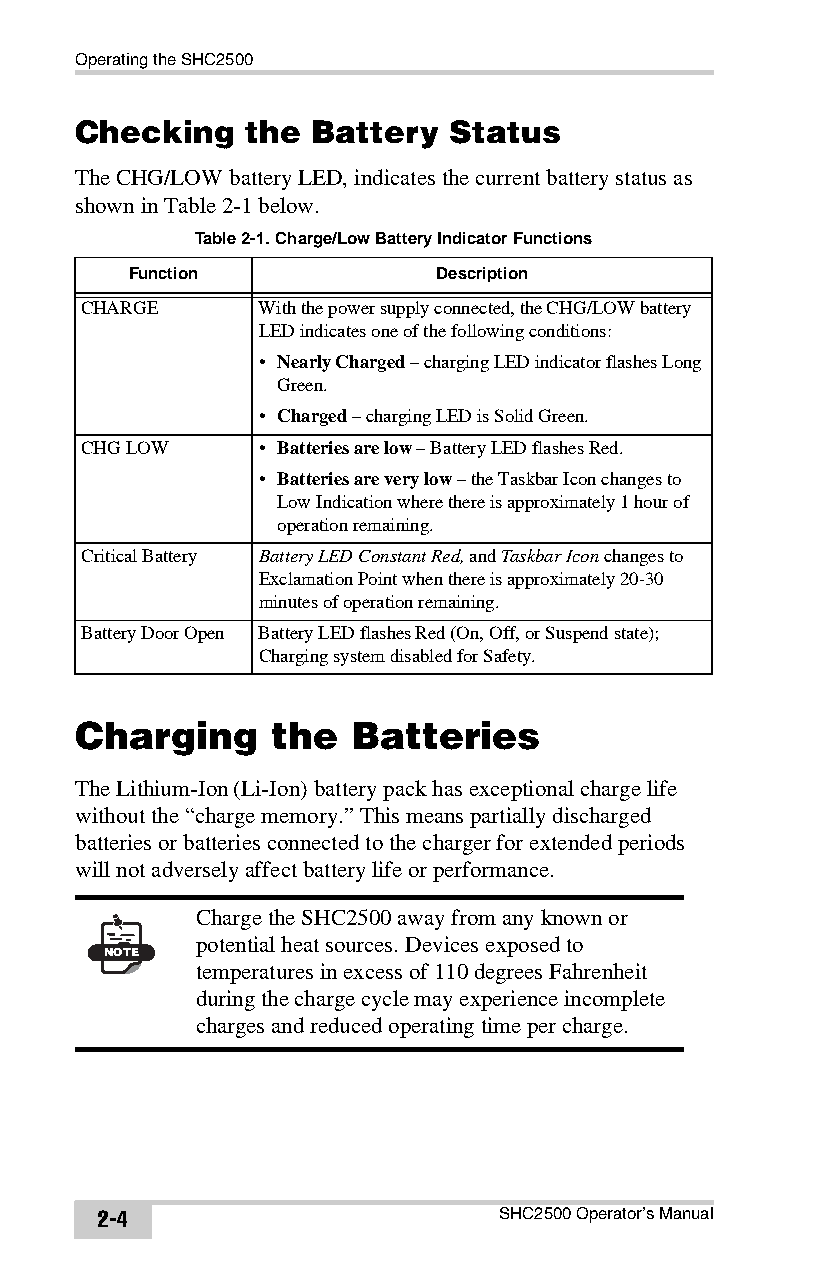
Operating the SHC2500
 Checking   the  Battery  Status
 The CHG/LOW battery LED, indicates the current battery status as
 shown in Table2-1 below.
 Table 2-1. Charge/Low Battery Indicator Functions
 Function             Description
 CHARGE      With the power supply connected, the CHG/LOW battery
 LED indicates one of the following conditions:
 • Nearly Charged – charging LED indicator flashes Long
 Green.
 • Charged – charging LED is Solid Green.
 CHG LOW     • Batteries are low – Battery LED flashes Red.
 • Batteries are very low – the Taskbar Icon changes to
 Low Indication where there is approximately 1 hour of
 operation remaining.
 Critical Battery Battery LED Constant Red, and Taskbar Icon changes to
 Exclamation Point when there is approximately 20-30
 minutes of operation remaining.
 Battery Door Open Battery LED flashes Red (On, Off, or Suspend state);
 Charging system disabled for Safety.
 Charging     the  Batteries
 The Lithium-Ion (Li-Ion) battery pack has exceptional charge life
 without the “charge memory.” This means partially discharged
 batteries or batteries connected to the charger for extended periods
 will not adversely affect battery life or performance.
 Charge the SHC2500 away from any known or
 potential heat sources. Devices exposed to
 NOTE
 temperatures in excess of 110 degrees Fahrenheit
 during the charge cycle may experience incomplete
 charges and reduced operating time per charge.
 2-4                        SHC2500 Operator’s Manual